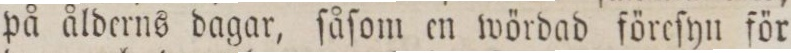
på ålderns dagar, ſåſom en wördad föreſyn för